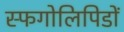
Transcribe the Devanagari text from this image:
स्फिंगोलिपिडों